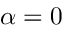
\alpha = 0